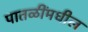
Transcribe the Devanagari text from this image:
पातळींमधील